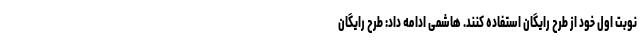
نوبت اول خود از طرح رایگان استفاده کنند. هاشمی ادامه داد: طرح رایگان